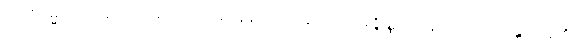
တေစဓမ္မာ၊ တို့သည်လည်း။ အဿအနေနပုဂ္ဂလေန၊ သည်။ နိဇ္ဇိဏ္ဏာ၊ ကုန်သည်။ ဟောန္တိ၊ ကုန်၏။